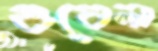
ওবেলা